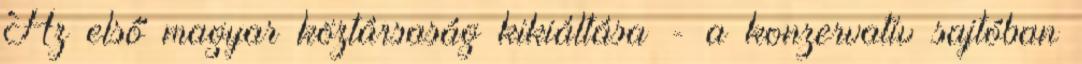
Az első magyar köztársaság kikiáltása - a konzervatív sajtóban